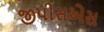
જીપીસએસ